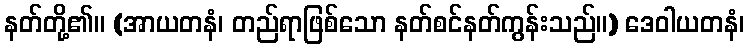
နတ်တို့၏။ (အာယတနံ၊ တည်ရာဖြစ်သော နတ်စင်နတ်ကွန်းသည်။) ဒေဝါယတနံ၊